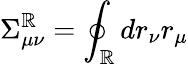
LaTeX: \Sigma_{\mu\nu}^{\mathbb{R}}=\oint_{\mathbb{R}}dr_{\nu}r_{\mu}